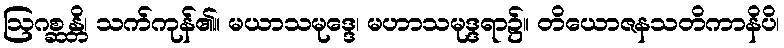
ဩဂစ္ဆန္တိ၊ သက်ကုန်၏။ မယာသမုဒ္ဒေ၊ မဟာသမုဒ္ဒရာ၌။ တိယောဇနသတိကာနိပိ၊